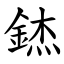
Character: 錰